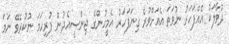
ދުވާލަކު އެއްފަހަރު ނުވަތަ އެއަށްވުރެ ގިނަފަހަރު އެމީހުންގެ ޖިންސީއެދުން ފުރިހަމަ ނުކުރެވޭ ނަމަ